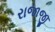
રાજાજી